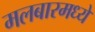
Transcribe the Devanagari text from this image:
मलबारमध्ये